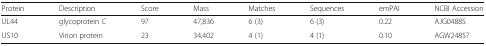
<table><thead><tr><td><b>Protein</b></td><td><b>Description</b></td><td><b>Score</b></td><td><b>Mass</b></td><td><b>Matches</b></td><td><b>Sequences</b></td><td><b>emPAI</b></td><td><b>NCBI Accession</b></td></tr></thead><tbody><tr><td>UL44</td><td>glycoprotein C</td><td>97</td><td>47,836</td><td>6 (3)</td><td>6 (3)</td><td>0.22</td><td>AJG04885</td></tr><tr><td>US10</td><td>Virion protein</td><td>23</td><td>34,402</td><td>4 (1)</td><td>4 (1)</td><td>0.10</td><td>AGW24857</td></tr></tbody></table>